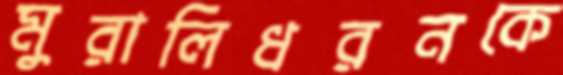
মুরালিধরনকে